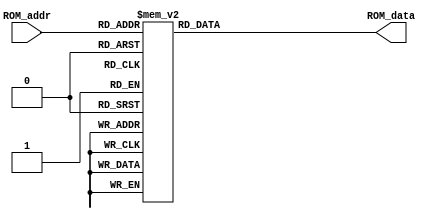
`timescale 1ns / 1ps
//////////////////////////////////////////////////////////////////////////////////
// Company: 
// Engineer: 
// 
// Design Name: 
// Module Name: RAM
// Project Name: 
// Target Devices: 
// Tool Versions: 
// Description: 
// 
// Dependencies: 
// 
// Revision:
// Revision 0.01 - File Created
// Additional Comments:
// 
//////////////////////////////////////////////////////////////////////////////////

module ROM (ROM_data, ROM_addr);
output reg [3:0] ROM_data;
input [2:0] ROM_addr;
always @(ROM_addr) begin
	case (ROM_addr)
	
         3'd0: ROM_data = 4'b0000;
         3'd1: ROM_data = 4'b1100;
         3'd2: ROM_data = 4'b0110;
         3'd3: ROM_data = 4'b0111;
         3'd4: ROM_data = 4'b1000;
         3'd5: ROM_data = 4'b0001;
         3'd6: ROM_data = 4'b1101;
         3'd7: ROM_data = 4'b1110;
    endcase
end
endmodule